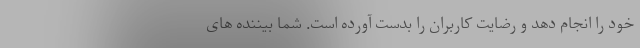
خود را انجام دهد و رضایت کاربران را بدست آورده است. شما بیننده های